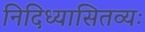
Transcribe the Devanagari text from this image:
निदिध्यासितव्यः